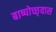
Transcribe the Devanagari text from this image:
बाष्पोच्छ्‌वास